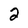
Character: 2